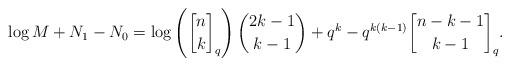
LaTeX: \begin{align*} \log M + N_1 - N_0 = \log \left( {n \brack k}_q \right) \binom{2k-1}{k-1} + q^k - q^{k(k-1)} {n-k-1 \brack k-1}_q.\end{align*}